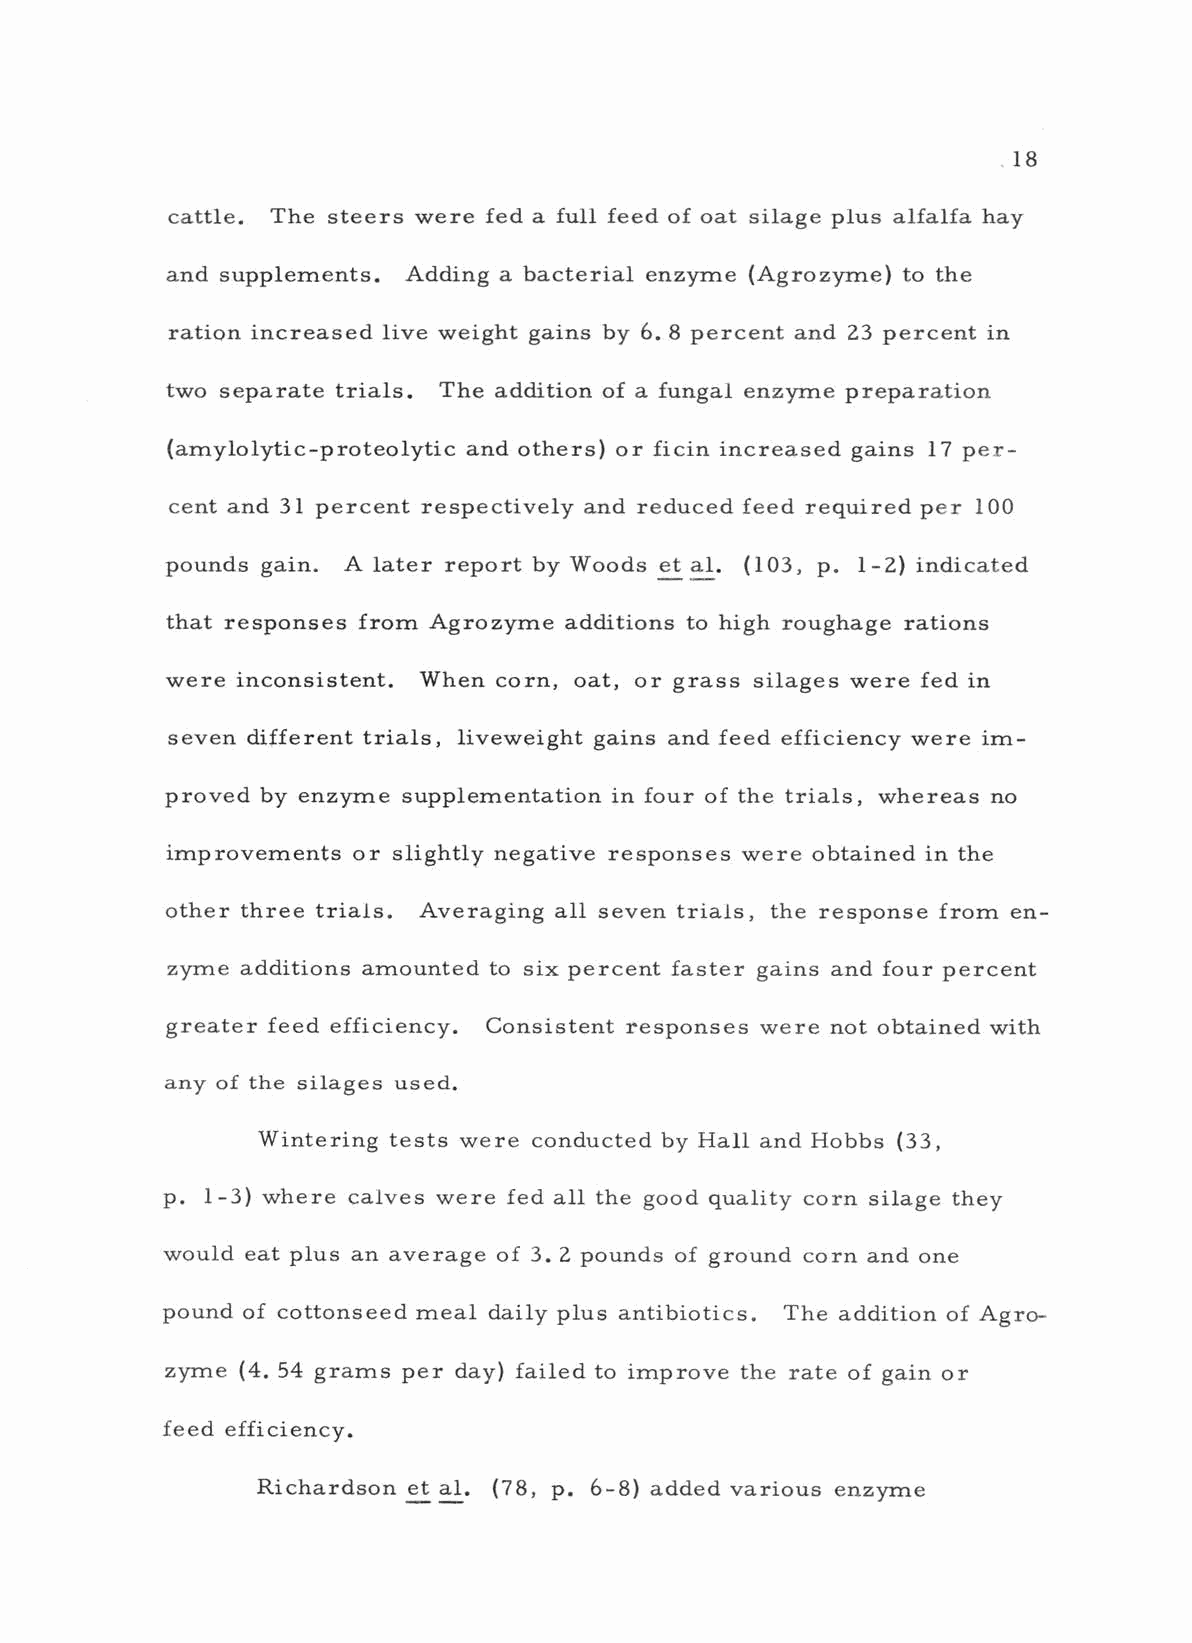
18
 cattle. The steers were fed a full feed of oat silage plus alfalfa hay
 and supplements. Adding a bacterial enzyme (Agrozyme) to the
 ration increased live weight gains by 6. 8 percent and 23 percent in
 two separate trials. The addition of a fungal enzyme preparation
 (amylolytic- proteolytic and others) or ficin increased gains 17 per-
 cent and 31 percent respectively and reduced feed required per 100
 pounds gain. A later report by Woods et al. (103, p. -2) indicated
 1
 that responses from Agrozyme additions to high roughage rations
 were inconsistent. When corn, oat, or grass silages were fed in
 seven different trials, liveweight gains and feed efficiency were im-
 proved by enzyme supplementation in four of the trials, whereas no
 improvements or slightly negative responses were obtained in the
 other three trials. Averaging all seven trials, the response from en-
 zyme additions amounted to six percent faster gains and four percent
 greater feed efficiency. Consistent responses were not obtained with
 any of the silages used.
 Wintering tests were conducted by Hall and Hobbs (33,
 p. -3) where calves were fed all the good quality corn silage they
 1
 would eat plus an average of 3.2 pounds of ground corn and one
 pound of cottonseed meal daily plus antibiotics. The addition of Agro-
 zyme (4. 54 grams per day) failed to improve the rate of gain or
 feed efficiency.
 Richardson et al. (78, p. 6 -8) added various enzyme